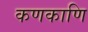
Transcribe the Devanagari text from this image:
कणकाणि